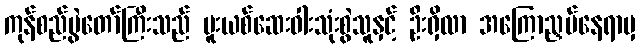
ကုန်စည်ပွဲတော်ကြီးသည် မူးယစ်ဆေးဝါးသုံးစွဲသူနှင့် ဦးရှိလာ အကြောညှပ်နေရာမှ